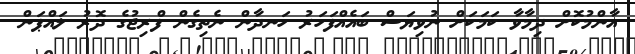
އާންމުކޮށް ދިމާވާ ކަމަކަށް ނުވިޔަސް ބައެއްފަހަރު ހަނދާން ނެތިގެން ފްރިޖުގެ ދޮރު ލައްޕަން